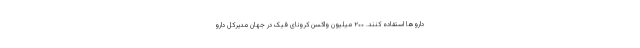
داروها استفاده کنند. ۲۰۰ میلیون واکسن کرونای فیک در جهان مدیرکل دارو